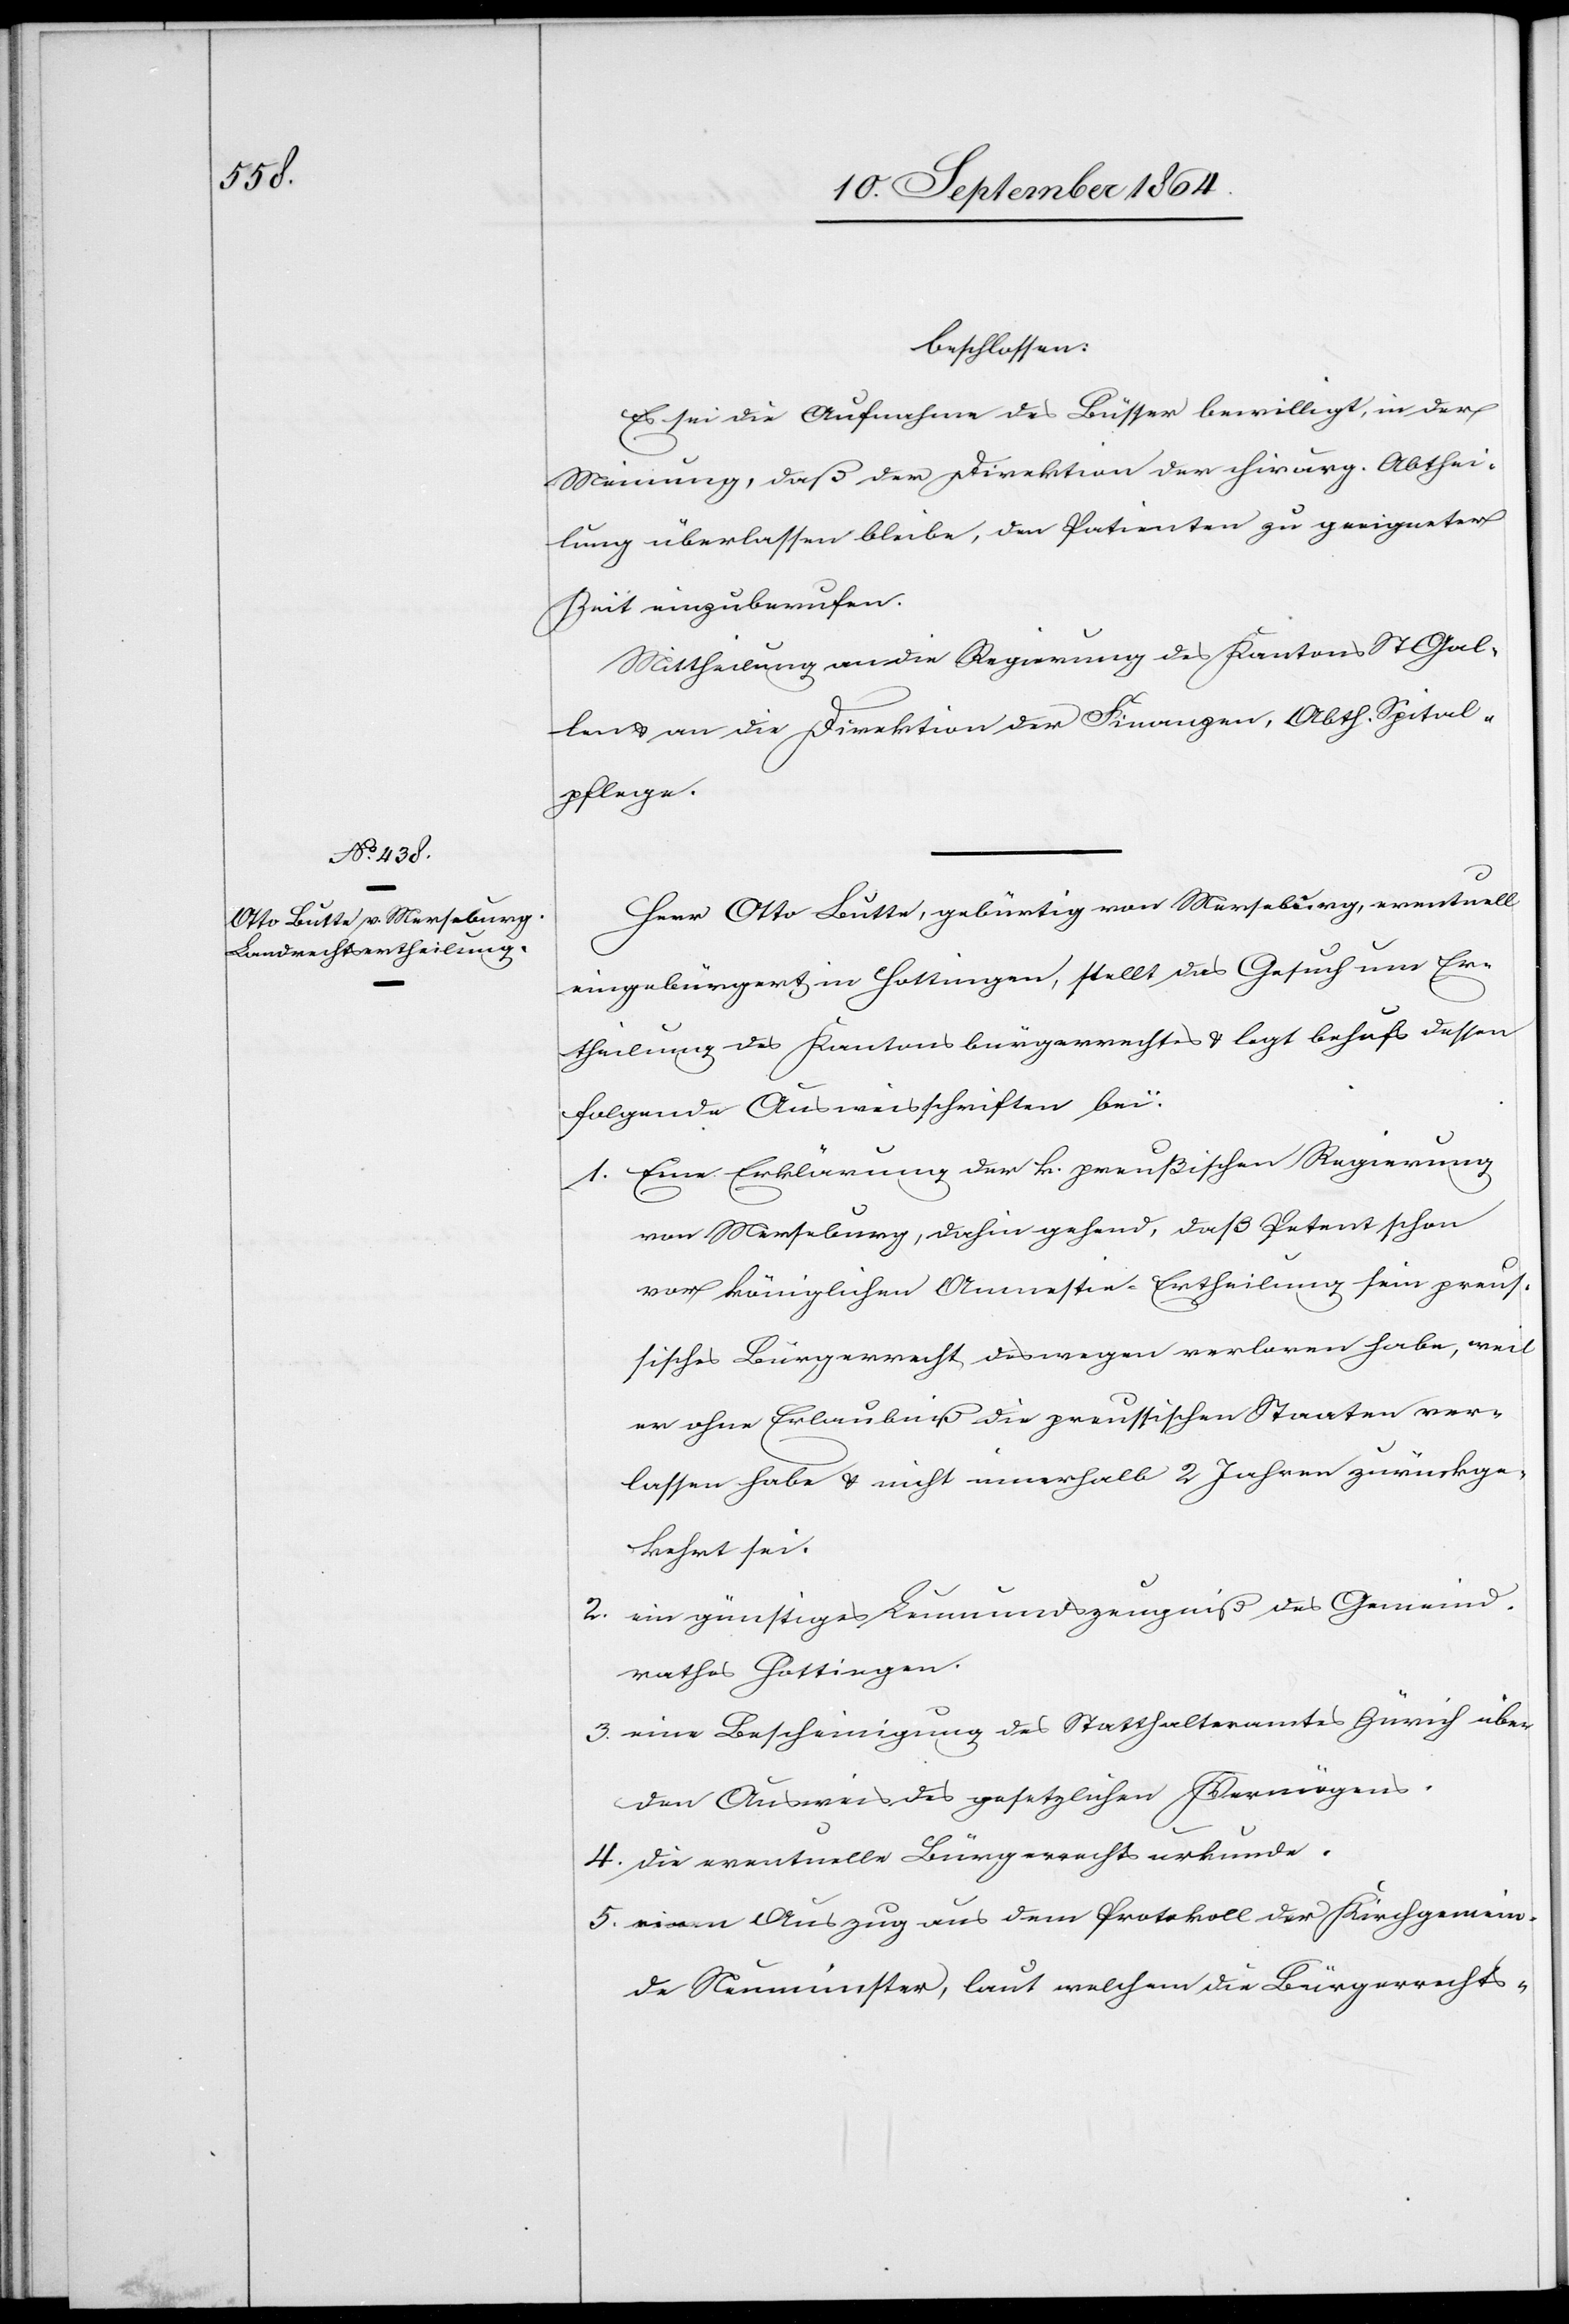
beschlossen:
Es sei die Aufnahme des Büsser bewilligt, in der
Meinung, daß der Direktion der chirurg. Abthei¬
lung überlassen bleibe, den Patienten zu geeigneter
Zeit einzuberufen.
Mittheilung an die Regierung des Kantons St. Gal¬
len & an die Direktion der Finanzen, Abth. Spital¬
pflege.
Herr Otto Butte, gebürtig von Merseburg, eventuell
eingebürgert in Hottingen, stellt das Gesuch um Er¬
theilung des Kantonsbürgerrechtes & legt behufs dessen
folgende Ausweisschriften bei:
1.	Eine Erklärung der k. preußischen Regierung
von Merseburg, dahin gehend, daß Petent schon
vor königlichen Amnestie-Ertheilung sein preus¬
sisches Bürgerrecht deswegen verloren habe, weil
er ohne Erlaubniß die preussischen Staaten ver¬
lassen habe & nicht innerhalb 2 Jahren zurückge¬
kehrt sei.
2.	ein günstiges Leumundszeugniß des Gemeind¬
rathes Hottingen.
3.	eine Bescheinigung des Statthalteramtes Zürich über
den Ausweis des gesetzlichen Vermögens.
4.	die eventuelle Bürgerrechtsurkunde.
5.	einen Auszug aus dem Protokoll der Kirchgemein¬
de Neumünster, laut welchem die Bürgerrechts-